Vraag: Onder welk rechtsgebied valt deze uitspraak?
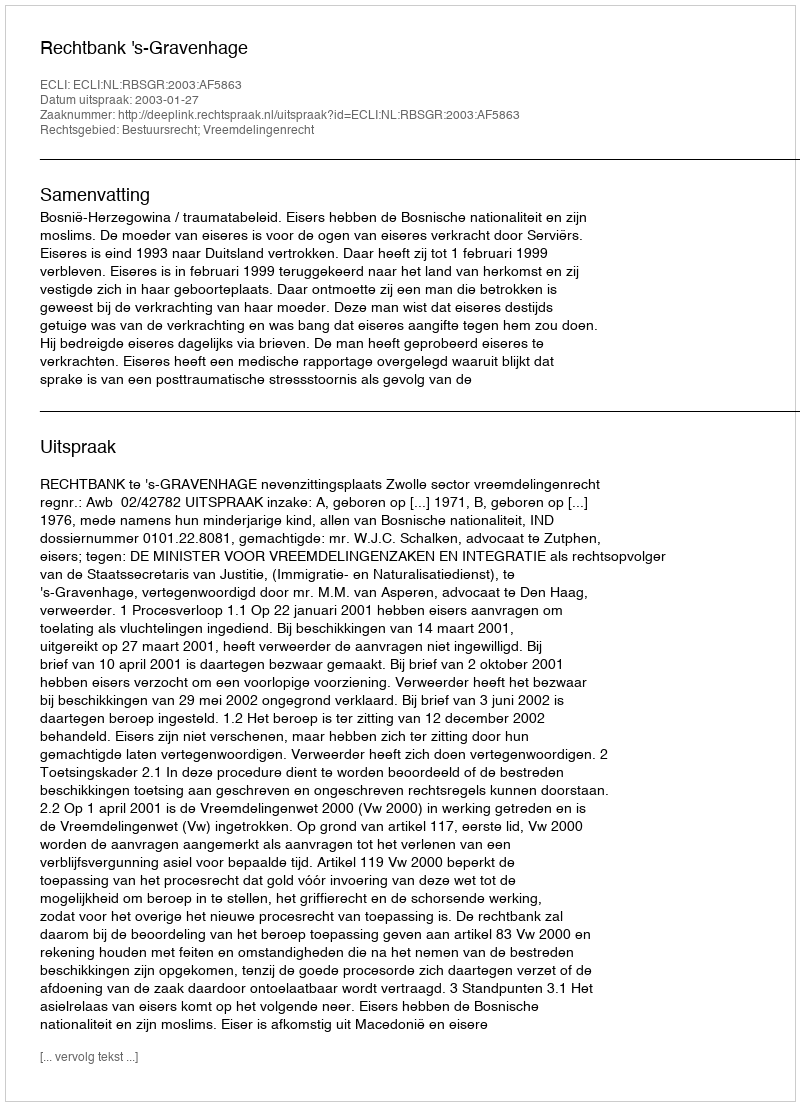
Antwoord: Bestuursrecht; Vreemdelingenrecht